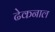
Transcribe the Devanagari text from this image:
ढेकनाल